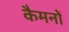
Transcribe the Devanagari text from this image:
कैमनों